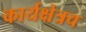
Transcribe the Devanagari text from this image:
कार्यक्षेत्रच